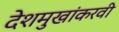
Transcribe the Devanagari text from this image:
देशमुखांकरवी